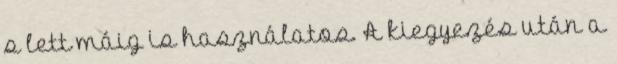
s lett máig is használatos. A kiegyezés után a